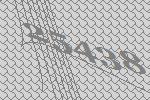
25438